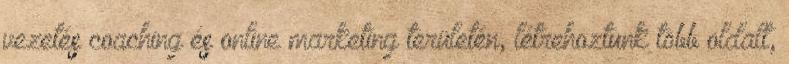
vezetés coaching és online marketing területén, létrehoztunk több oldalt,